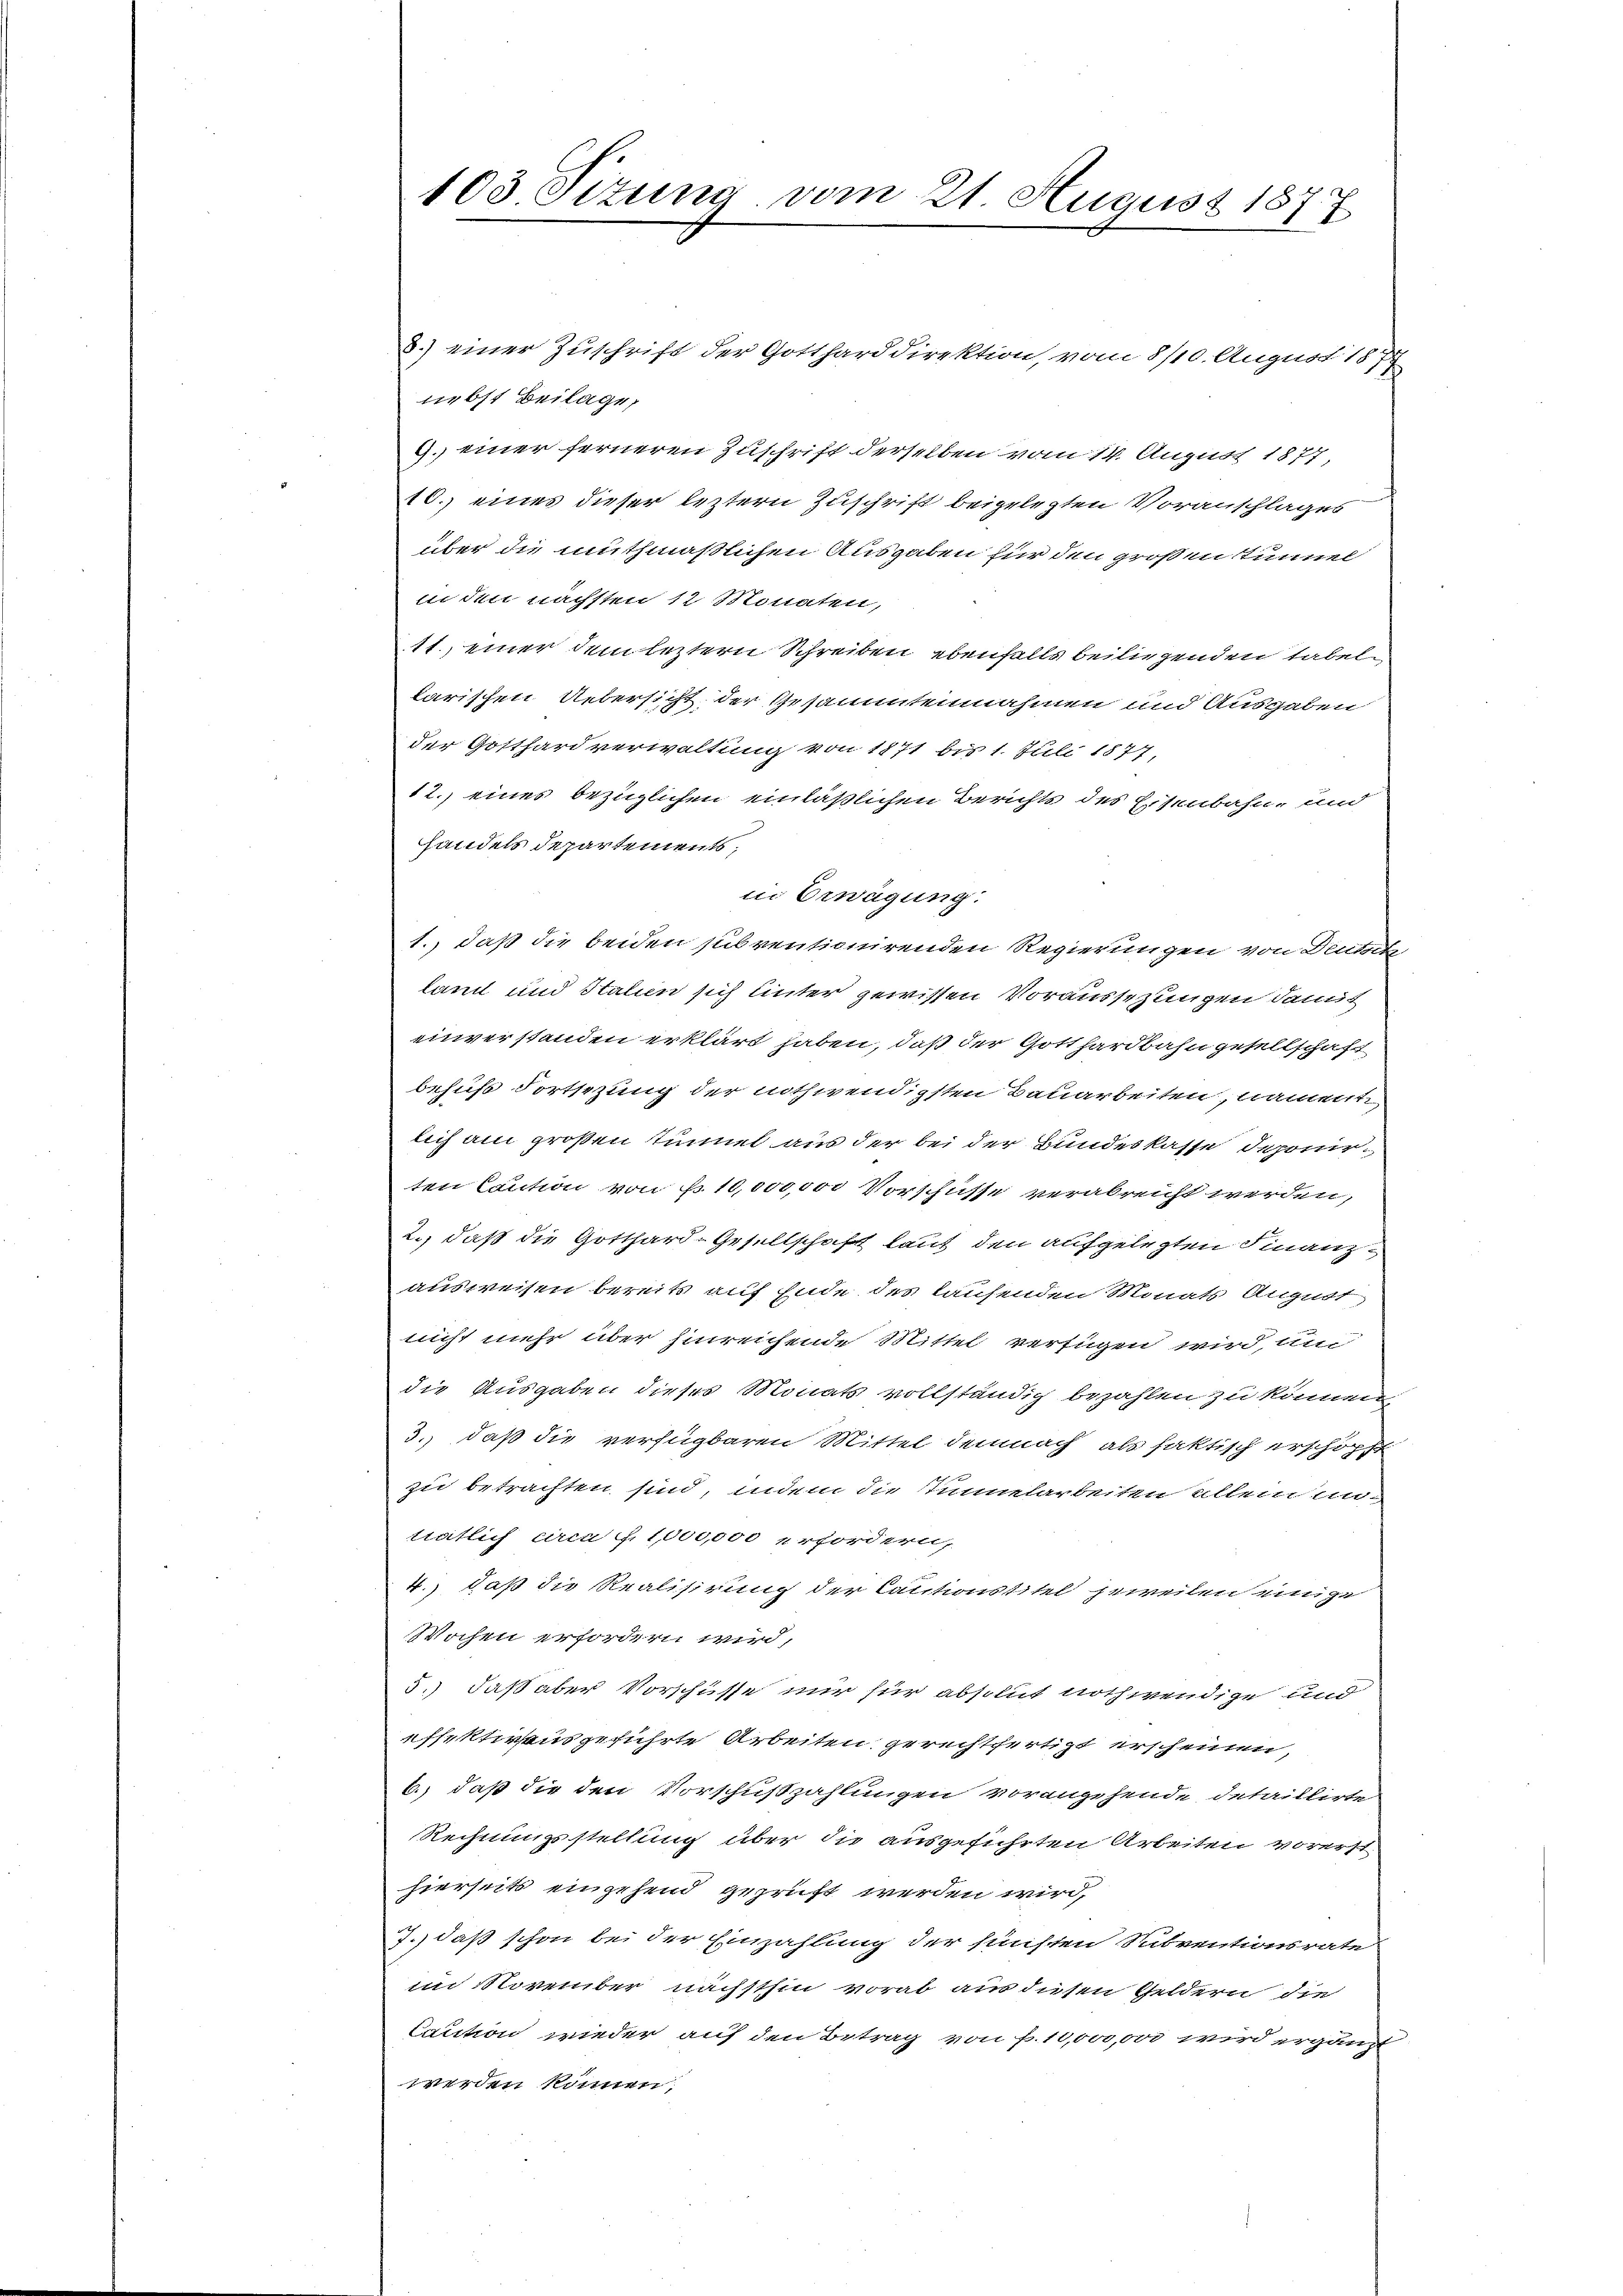
103. Sizung vom 21. August 1877

8.) einer Zuschrift der Gottharddirektion, vom 8/10. August 1877
nebst Beilage,
9. einer ferneren Zuschrift derselben vom 14. August 1877,
10.) eines dieser leztern Zuschrift beigelegten Voranschlages
über die muthmaßlichen Ausgaben für den großen Tunnel
in den nächsten 12 Monaten,
11., einer dem leztern Schreiben ebenfalls beiliegenden Tabeln
karischen Uebersicht, der Gesammtennahmen und Ausgaben
der Gotthardverwaltung von 1871 bis 1. Juli 1877,
12.) eines bezüglichen einläßlichen Berichts des Eisenbahn- und
handels Departements;
in Erwägung.
1.) daß die beiden subventionirenden Regierungen von Deutsitz
land und Stalien sich unter gewissen Voraussetzungen damit
einverstanden erklärt haben, daß der Gotthardbahn gesellschaft
behufs Fortsezung der nothwendigsten Bauarbeiten, namente,
lich am großen Tunnel aus der bei der Bundeskasse deponirten Caution von N. 10,000,000 Vorschüsse verabreicht werden,
2., daß die Gotthard-Gesellschaft lauf den aufgelegten Finanzausweisen bereits auf Ende des laufenden Monats August
nicht mehr über hinreichende Mittel verfügen wird, um
die Ausgaben dieses Monats vollständig bezahlen zu können,
3.) daß die verfügbaren Mittel demnach als faktisch erschöpft
zu betrachten sind, indem die Immelarbeiten allem anttätlich circa f. 1,000,000 erfordern,
4.) daß die Realisirung der Cautionstitel jeweilen einige
Wochen erfordern wird,
5.) daß aber Vorschüsse nur für absolut nothwendige und
effektirens geführte Arbeiten gerechtfertigt erscheinen,
6.) daß die den Vorschußzahlungen vorangehende, detaillirte
Rechnungsstellung über die ausgeführten Arbeiten vorerst
hierseits eingehend geprüft werden wird,
7.) daß schon bei der Einzahlung der fünsten Subventionsrate
im November nächsthin vorab aus diesen Geldern die
Caution wieder auf den Betrag von f. 10,000,000 wird ergänzt
werden können,